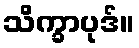
သိက္ခာပုဒ်။